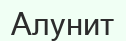
Алунит